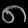
Digit: ၈